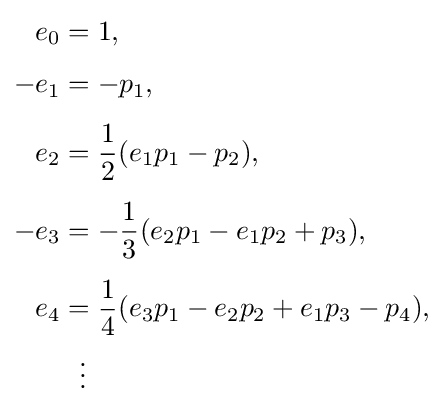
{\begin{aligned}e_{0}&=1,\\[4pt]-e_{1}&=-p_{1},\\[4pt]e_{2}&={\frac {1}{2}}(e_{1}p_{1}-p_{2}),\\[4pt]-e_{3}&=-{\frac {1}{3}}(e_{2}p_{1}-e_{1}p_{2}+p_{3}),\\[4pt]e_{4}&={\frac {1}{4}}(e_{3}p_{1}-e_{2}p_{2}+e_{1}p_{3}-p_{4}),\\&{}\ \ \vdots \end{aligned}}